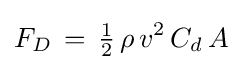
F_{D}\,=\,{\tfrac {1}{2}}\,\rho \,v^{2}\,C_{d}\,A